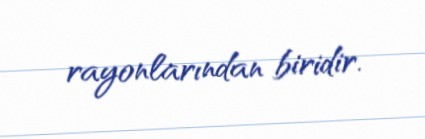
rayonlarından biridir.